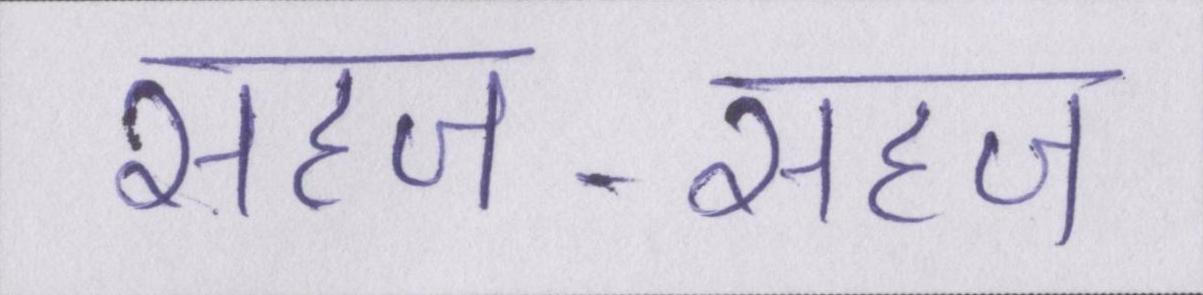
सहज-सहज